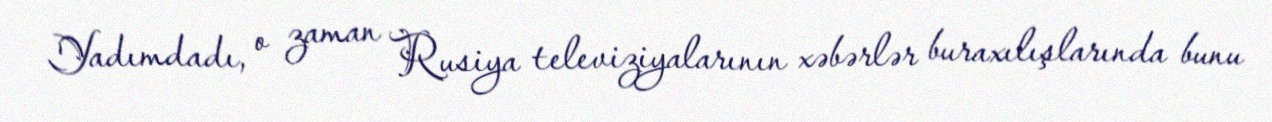
Yadımdadı, o zaman Rusiya televiziyalarının xəbərlər buraxılışlarında bunu